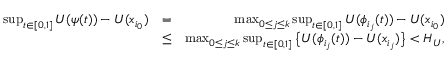
\begin{array} { r l r } { \sup _ { t \in [ 0 , 1 ] } U ( \psi ( t ) ) - U ( x _ { i _ { 0 } } ) } & { = } & { \max _ { 0 \le j \le k } \sup _ { t \in [ 0 , 1 ] } U ( \phi _ { i _ { j } } ( t ) ) - U ( x _ { i _ { 0 } } ) } \\ & { \le } & { \max _ { 0 \le j \le k } \sup _ { t \in [ 0 , 1 ] } \big \{ U ( \phi _ { i _ { j } } ( t ) ) - U ( x _ { i _ { j } } ) \big \} < H _ { U } , } \end{array}